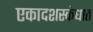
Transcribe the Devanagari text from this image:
एकादशस्‍कंधात